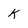
Character: K